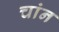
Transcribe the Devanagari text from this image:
चांन